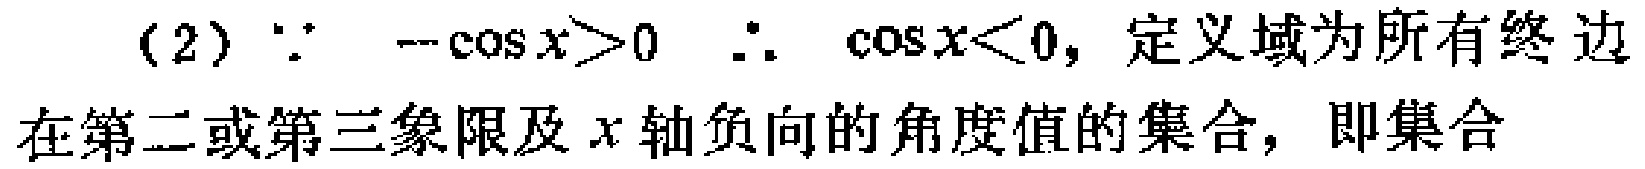
(2) $\because -\cos x>0$ $\therefore \cos x<0$，定义域为所有终边在第二或第三象限及$x$轴负向的角度值的集合，即集合